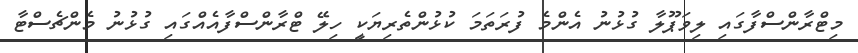
މިޓްރާންސްފާގައި ލިވަޕޫލާ ގުޅުނު އެންމެ ފުރަތަމަ ކުޅުންތެރިޔަކީ ހިލޭ ޓްރާންސްފާއެއްގައި ގުޅުނު މެންޗެސްޓާ